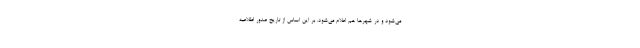
می‌شود و در شهرها هم اعلام می‌شود. بر این اساس از تاریخ صدور اطلاعیه